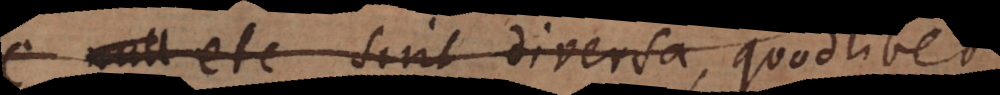
etc. sint diversa, quodlibet